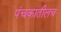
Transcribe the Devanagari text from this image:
पंचकातीलच